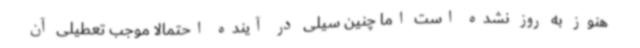
هنوز به روز نشده است اما چنین سیلی در آینده احتمالا موجب تعطیلی آن